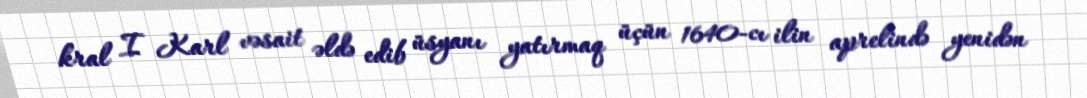
kral I Karl vəsait əldə edib üsyanı yatırmaq üçün 1640-cı ilin aprelində yenidən